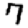
Digit: 7